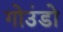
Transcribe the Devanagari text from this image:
गोउंडो